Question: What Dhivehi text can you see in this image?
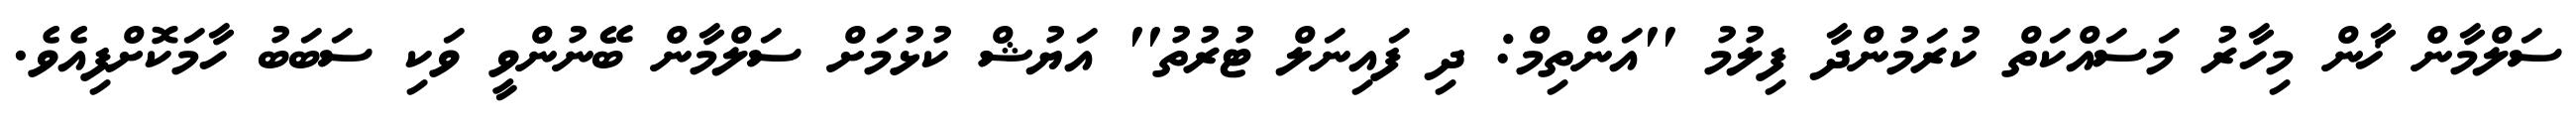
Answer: ސަލްމާން ޚާން މިހާރު މަސައްކަތް ކުރަމުންދާ ފިލުމު ''އަންތިމް: ދި ފައިނަލް ޓުރުތު'' އަޔުޝް ކުޅުމަށް ސަލްމާން ބޭނުންވީ ވަކި ސަބަބު ހާމަކޮށްފިއެވެ.